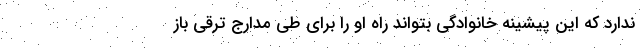
ندارد که این پیشینه خانوادگی بتواند راه او را برای طی مدارج ترقی باز